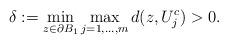
LaTeX: \begin{align*} \delta:= \min_{z\in\partial B_1}\max_{j=1,\ldots,m} d(z,U^c_j)>0.\end{align*}